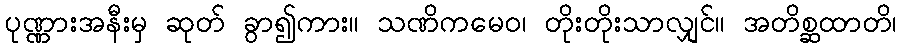
ပုဏ္ဏားအနီးမှ ဆုတ် ခွာ၍ကား။ သဏိကမေဝ၊ တိုးတိုးသာလျှင်။ အတိစ္ဆထာတိ၊